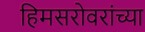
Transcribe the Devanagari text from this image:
हिमसरोवरांच्या